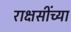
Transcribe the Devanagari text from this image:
राक्षसींच्या